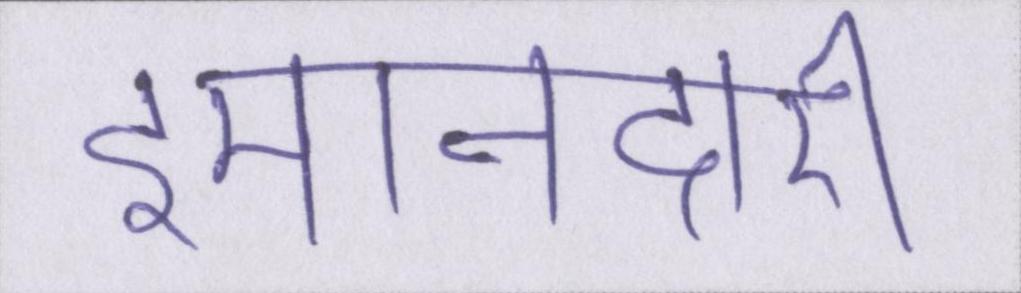
इमानदारी